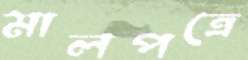
মালপত্রে